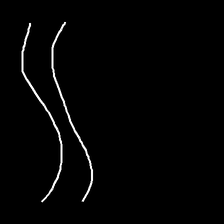
Glyph: float